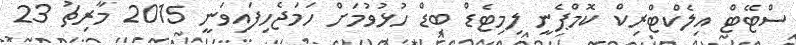
ސްޓޭޓް އިލެކްޓްރިކް ކޮމްޕެނީ ލިމިޓެޑް ބިޑް ހުޅުވުމަށް ހަމަޖެހިފައިވަނީ 2015 މާރިޗު 23